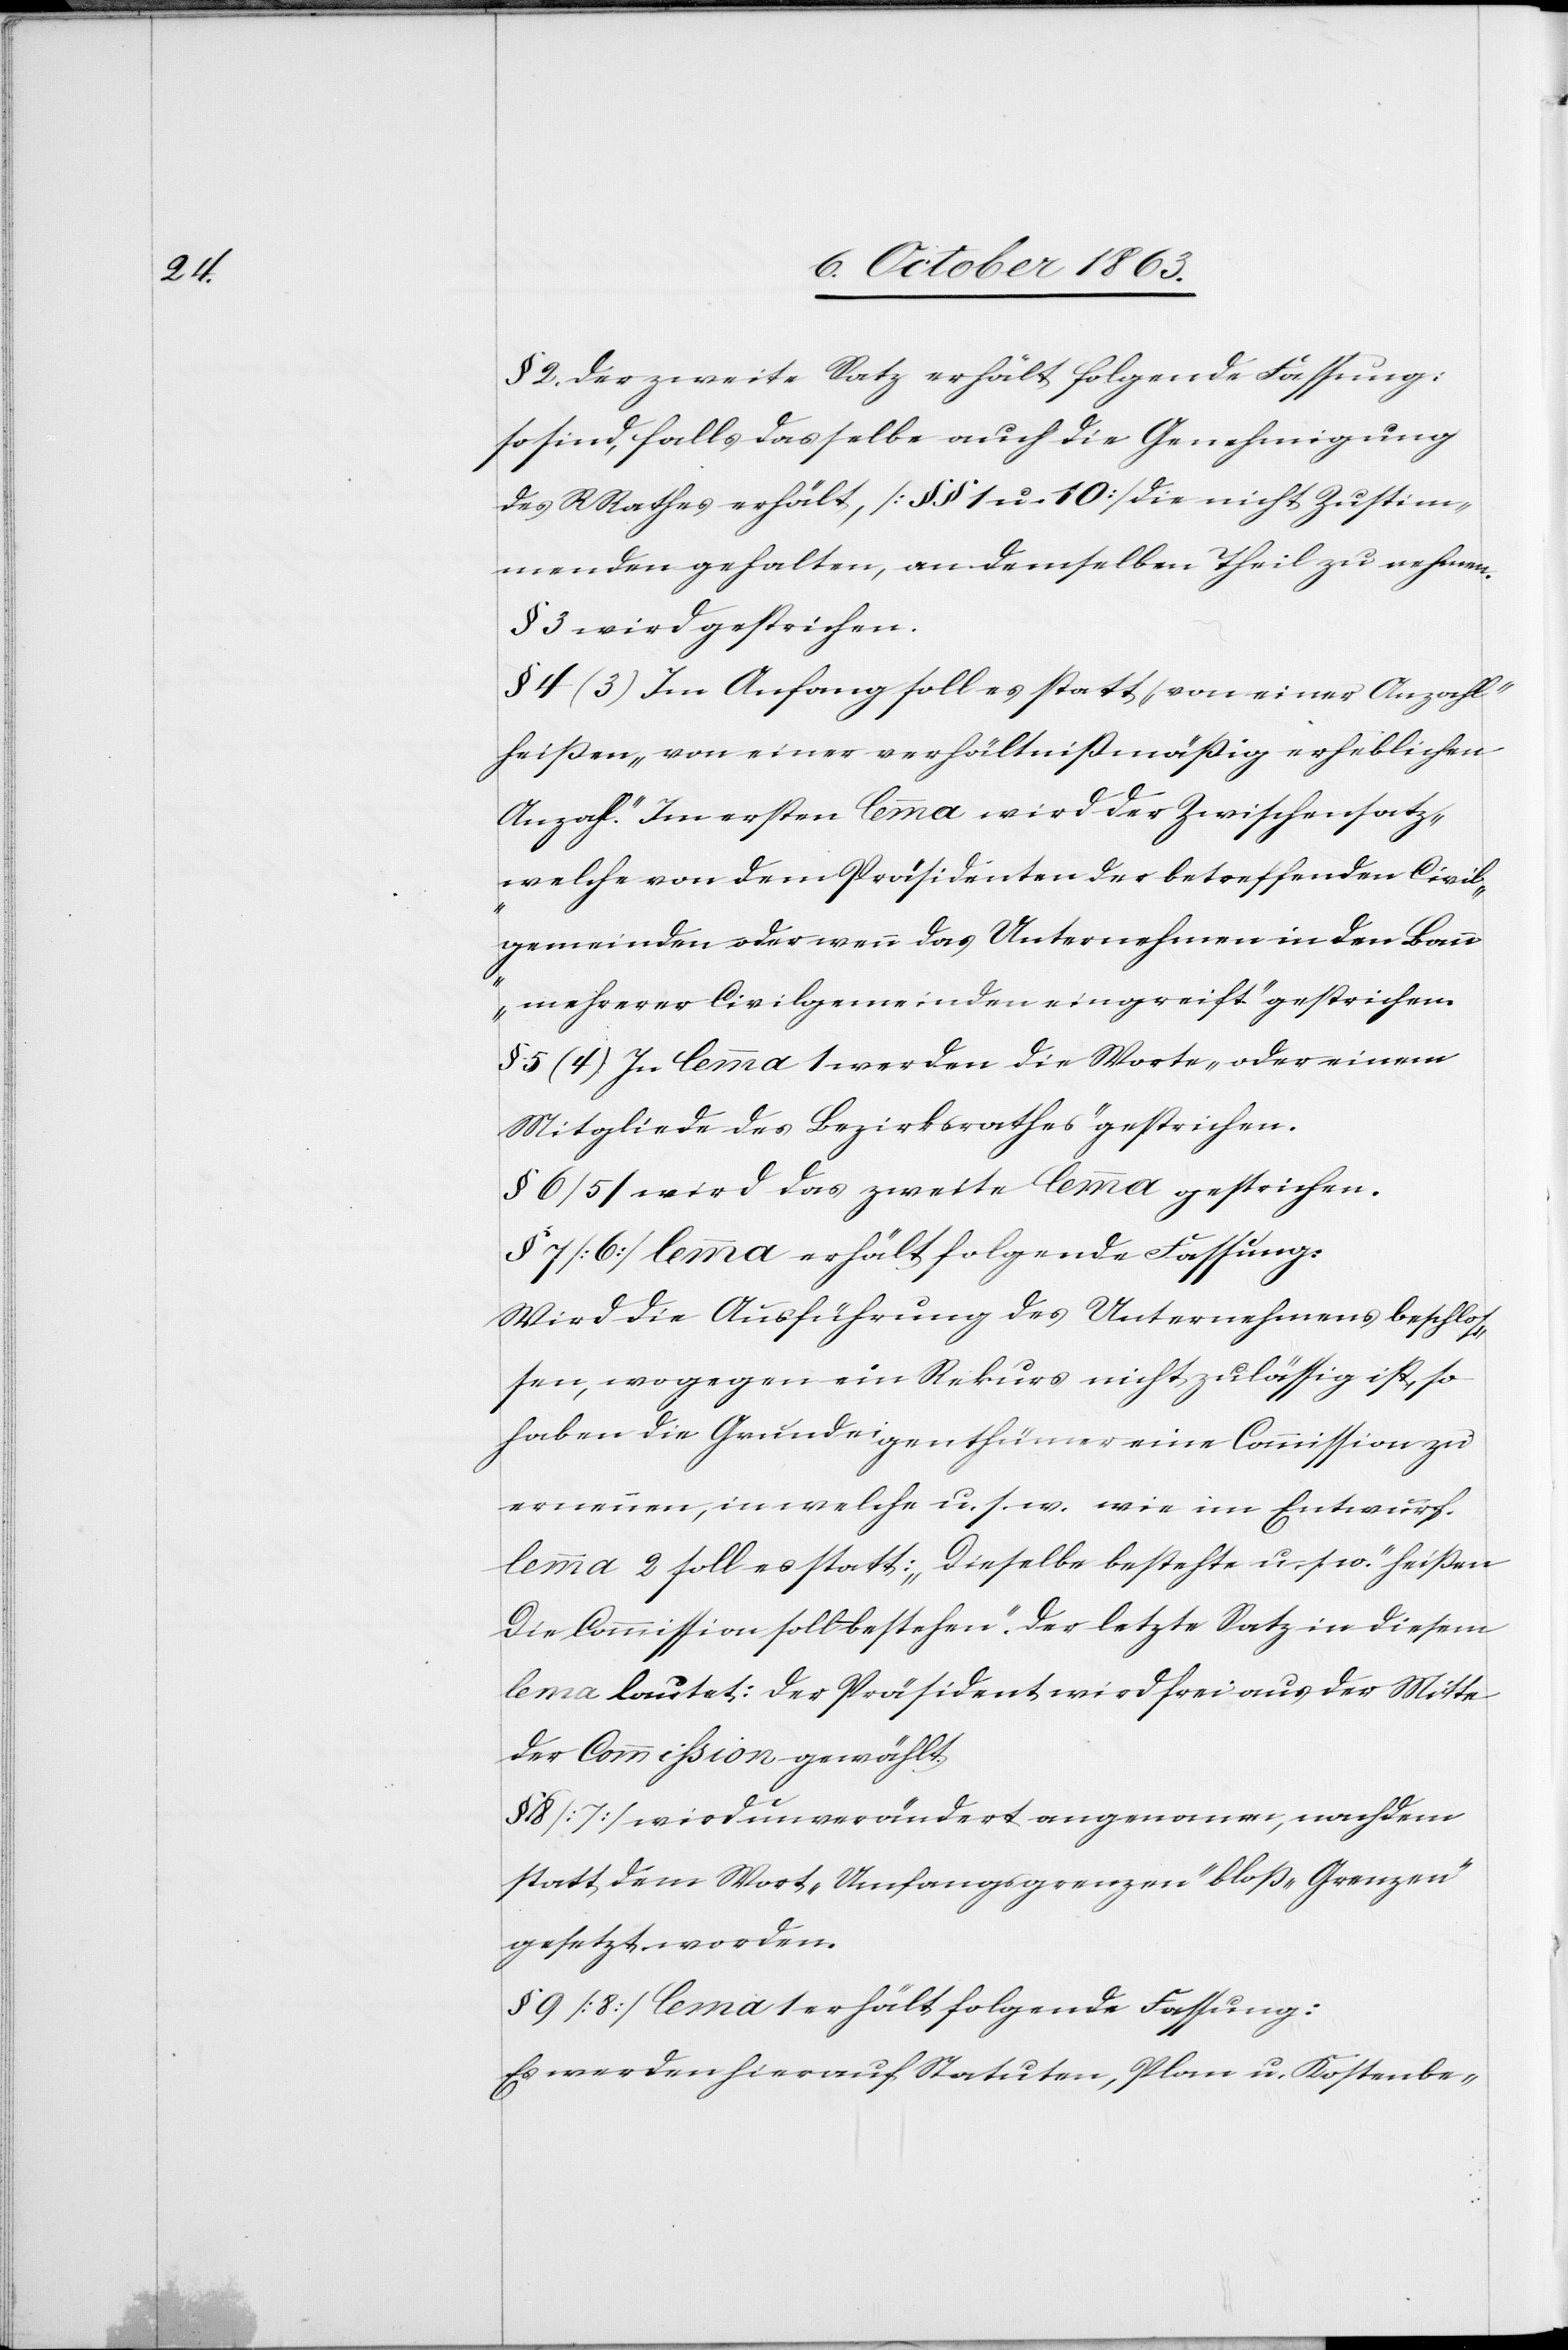
§ 2. Der zweite Satz erhält folgende Fassung:
so sind, falls das selbe auch die Genehmigung
des RRathes erhält, [§§ 1 u. 10] die nicht Zustim¬
menden gehalten, an demselben Theil zu nehmen.
§ 3 wird gestrichen.
§ 4 (3) Im Anfang soll es statt „von einer Anzahl“
heißen „von einer verhältnißmäßig erheblichen
Anzahl“. Im ersten lemma wird der Zwischensatz
„welche von dem Präsidenten der betreffenden Civil¬
gemeinden oder wenn das Unternehmen in den Bann
mehrerer Civilgemeinden eingreift“ gestrichen.
§ 5 (4) In lemma 1 werden die Worte „oder einem
Mitgliede des Bezirksrathes“ gestrichen.
§ 6 (5) wird das zweite lemma gestrichen.
§ 7 [6] lemma erhält folgende Fassung:
Wird die Ausführung des Unternehmens beschlos¬
sen, wogegen ein Rekurs nicht zulässig ist, so
haben die Grundeigenthümer eine Commission zu
ernennen, in welche u. s. w. wie im Entwurf.
lemma 2 sol es statt: „Dieselbe bestehte u. s. w.“ heißen
„Die Commission soll bestehen“. Der letzte Satz in diesem
lemma lautet: Der Präsident wird frei aus der Mitte
der Commission gewählt.
8 [7] wird unverändert angenomen, nachdem
statt dem Wort „Umfangsgrenzen“ bloß „Grenzen“
gesetzt worden.
§ 9 [8] lema 1 erhält folgende Fassung:
Es werden hierauf Statuten, Plan u. Kostenbe-